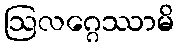
ဩလဂ္ဂေဿာမိ